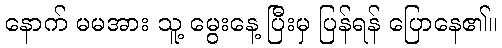
နောက် မမအား သူ့ မွေးနေ့ ပြီးမှ ပြန်ရန် ပြောနေ၏။